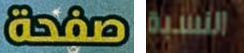
صفحة النسبة